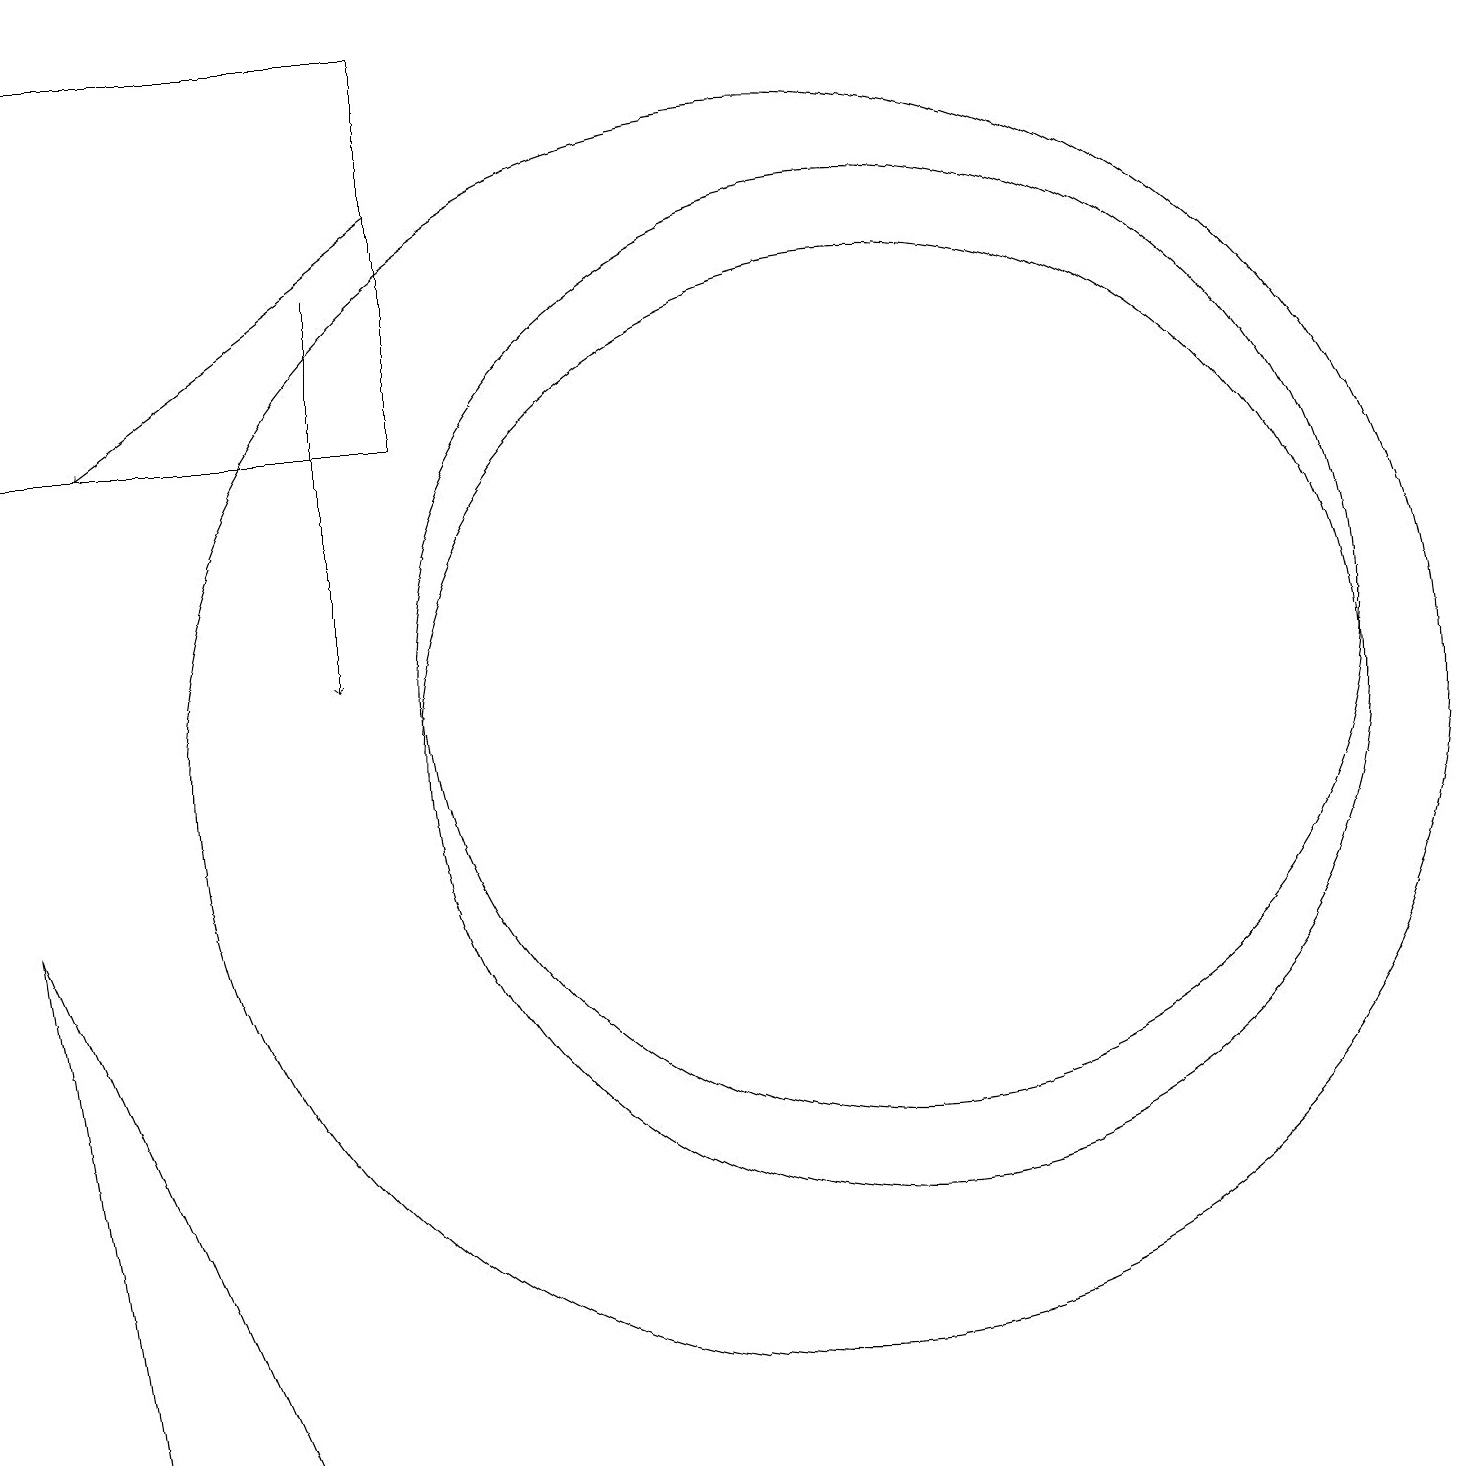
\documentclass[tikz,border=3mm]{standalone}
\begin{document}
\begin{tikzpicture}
\draw (11,10) circle (6);
\draw (11,11) circle (6);
\draw[->] (5,17) -- (1,14);
\draw (5,14) rectangle (0,19);
\draw (10,10) circle (8);
\draw (3,1) -- (0,8) -- (1,1) -- cycle;
\draw[->] (4,16) -- (4,11);
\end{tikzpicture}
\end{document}